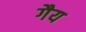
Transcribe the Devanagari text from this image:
गैय